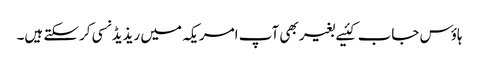
ہاؤس جاب کئیے بغیر بھی آپ امریکہ میں ریذیڈنسی کرسکتے ہیں۔